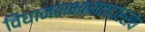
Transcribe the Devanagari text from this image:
विधानसभामतदारसंघ